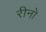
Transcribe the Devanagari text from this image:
रीनो